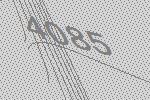
4085